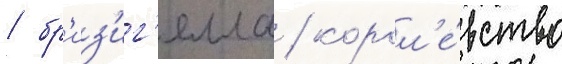
/ бр'из'иг'елла / корол'е́вство